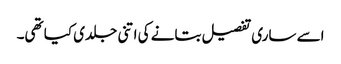
اسے ساری تفصیل بتانے کی اتنی جلدی کیا تھی۔